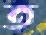
ত